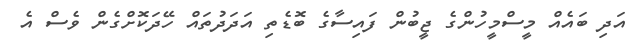
އަދި ބައެއް މީސްމީހުންްގެ ޖީބުން ފައިސާާގެ ބޮޑެތި އަދަދުތައް ހޭދަކޮށްގެން ވެސް އެ